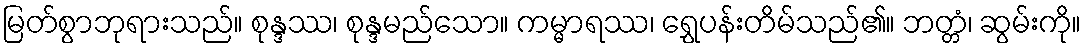
မြတ်စွာဘုရားသည်။ စုန္ဒဿ၊ စုန္ဒမည်သော။ ကမ္မာရဿ၊ ရွှေပန်းတိမ်သည်၏။ ဘတ္တံ၊ ဆွမ်းကို။